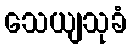
သေယျသုခံ